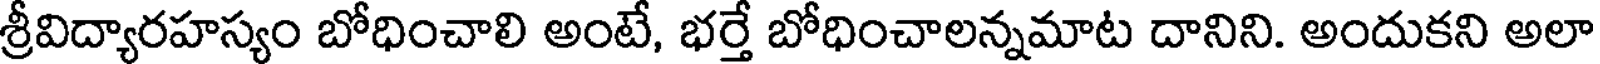
శ్రీవిద్యారహస్యం బోధించాలి అంటే, భర్తే బోధించాలన్నమాట దానిని. అందుకని అలా